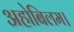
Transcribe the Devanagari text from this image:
अहोबिलम।